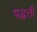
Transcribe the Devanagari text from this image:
पद्धत्ती